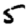
Digit: 5